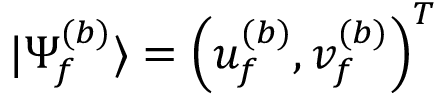
| \Psi _ { f } ^ { ( b ) } \rangle = \left( u _ { f } ^ { ( b ) } , v _ { f } ^ { ( b ) } \right) ^ { T }